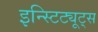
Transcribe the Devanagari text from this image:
इन्स्टिट्यूट्‌स